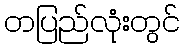
တပြည်လုံးတွင်